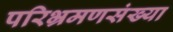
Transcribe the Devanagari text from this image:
परिभ्रमणसंख्या